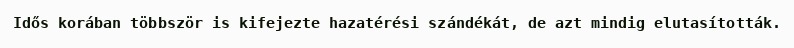
Idős korában többször is kifejezte hazatérési szándékát, de azt mindig elutasították.